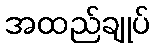
အထည်ချုပ်